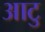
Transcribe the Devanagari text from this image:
आटु